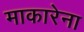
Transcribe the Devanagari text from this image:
माकारेना